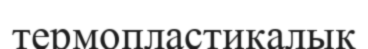
термопластикалық